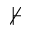
\nvdash